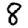
Digit: 8